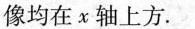
像均在x轴上方。